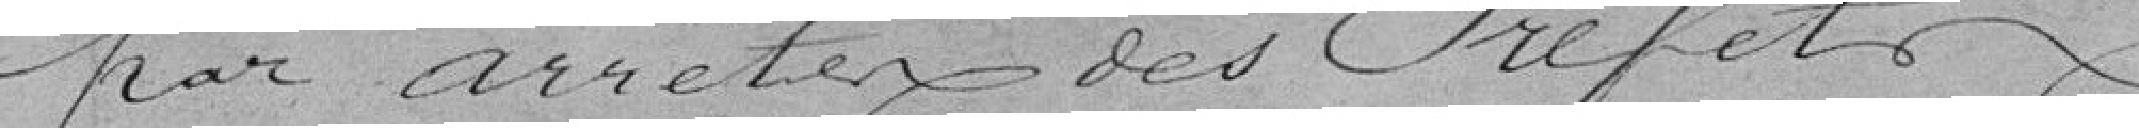
par arrêté des Préfets.